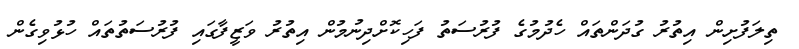
ތިލަފުށިން އިތުރު ގުދަންތައް ހެދުމުގެ ފުރުސަތު ފަހިކޮށްދިނުމުން އިތުރު ވަޒީފާގައި ފުރުސަތުތައް ހުޅުވިގެން